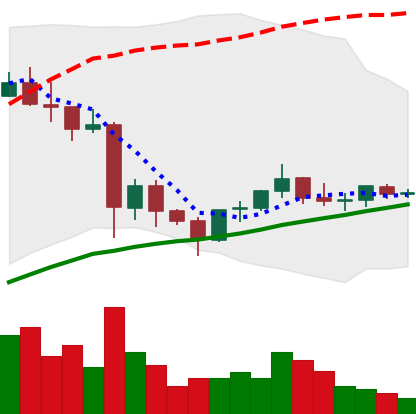
Ticker: EOS-USD
Chart end date: 2021-06-02
Forward return: -18.802%
Label: down_7plus